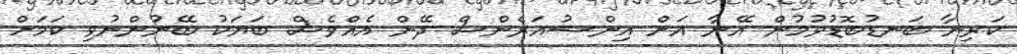
ކަރިނާ ބަނޑުބޮޑުވުމުން އޭނާ އަށް އިންޝުއަރެންސް ދޭން އެއްވެސް ބަޔަކު ބޭނުންނުވި ކަމަށް